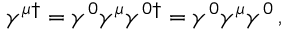
\gamma ^ { \mu \dagger } = \gamma ^ { 0 } \gamma ^ { \mu } \gamma ^ { 0 \dagger } = \gamma ^ { 0 } \gamma ^ { \mu } \gamma ^ { 0 } \, ,